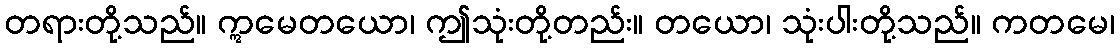
တရားတို့သည်။ ဣမေတယော၊ ဤသုံးတို့တည်း။ တယော၊ သုံးပါးတို့သည်။ ကတမေ၊